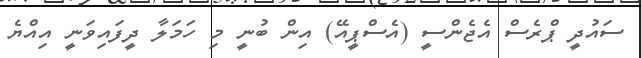
ސައުދީ ޕްރެސް އެޖެންސީ (އެސްޕީއޭ) އިން ބުނީ މި ހަމަލާ ދީފައިވަނީ އިއްޔެ